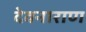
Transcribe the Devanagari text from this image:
देवनाराण